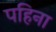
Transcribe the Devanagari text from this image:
पहिना